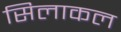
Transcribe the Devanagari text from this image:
सिलाकल